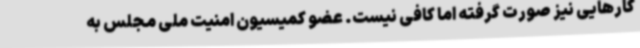
کارهایی نیز صورت گرفته اما کافی نیست. عضو کمیسیون امنیت ملی مجلس ‌به